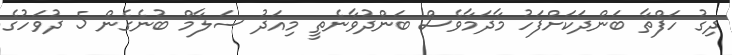
ދިގު ހަފްތާ ބަންދަކަށްފަހު މާދަމާވެސް ބަންދުވާނެތީ މިއަދު ސަލާމް ބުނެގެން 5 ދުވަހުގެ